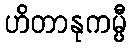
ဟိတာနုကမ္ပီ